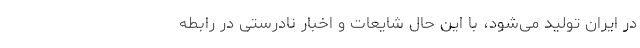
در ایران تولید می‌شود، با این حال شایعات و اخبار نادرستی در رابطه